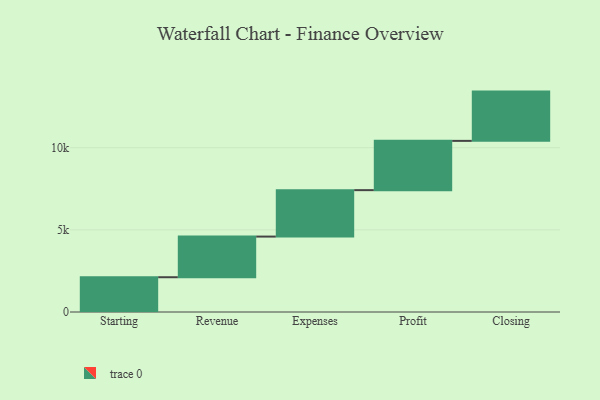
{"axis": {"x": "Step", "y": "Value"}, "legend": [""], "data": [{"x": "Starting", "y": 2117.0, "type": ""}, {"x": "Revenue", "y": 2475.0, "type": ""}, {"x": "Expenses", "y": 2827.0, "type": ""}, {"x": "Profit", "y": 3000, "type": ""}, {"x": "Closing", "y": 3000, "type": ""}]}